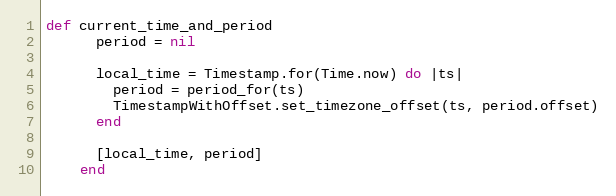
Language: Ruby
def current_time_and_period
      period = nil

      local_time = Timestamp.for(Time.now) do |ts|
        period = period_for(ts)
        TimestampWithOffset.set_timezone_offset(ts, period.offset)
      end

      [local_time, period]
    end